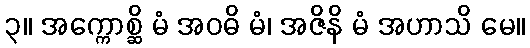
၃။ အက္ကောစ္ဆိ မံ အဝဓိ မံ၊ အဇိနိ မံ အဟာသိ မေ။